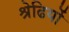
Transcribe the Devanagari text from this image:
श्रेढियों